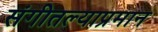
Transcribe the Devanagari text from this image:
संगीतल्याप्रमान